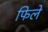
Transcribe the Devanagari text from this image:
फिले